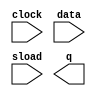
module counter0 (
	clock,
	data,
	sload,
	q);

	input	  clock;
	input	[6:0]  data;
	input	  sload;
	output	[6:0]  q;

endmodule